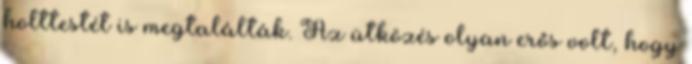
holttestét is megtalálták. Az ütközés olyan erős volt, hogy